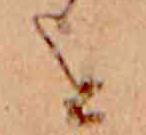
を